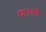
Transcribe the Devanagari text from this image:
फान्ते